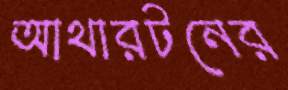
আথারটনের